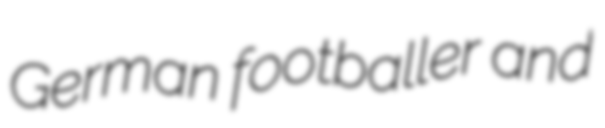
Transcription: German footballer and